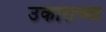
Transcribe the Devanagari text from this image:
उकाराच्या